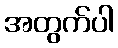
အတွက်ပါ